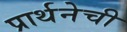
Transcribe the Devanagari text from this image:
प्रार्थनेची